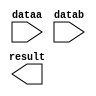
module ALU_ADD (
	dataa,
	datab,
	result);

	input	[31:0]  dataa;
	input	[31:0]  datab;
	output	[31:0]  result;

endmodule